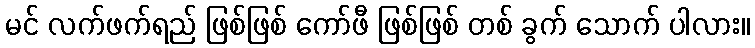
မင် လက်ဖက်ရည် ဖြစ်ဖြစ် ကော်ဖီ ဖြစ်ဖြစ် တစ် ခွက် သောက် ပါလား။